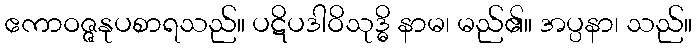
ဧကာဝဇ္ဇနုပစာရသည်။ ပဋိပဒါဝိသုဒ္ဓိ နာမ၊ မည်၏။ အပ္ပနာ၊ သည်။